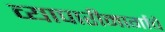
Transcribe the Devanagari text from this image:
व्यापारीमार्गाचे